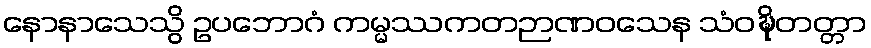
နောနာသေသွိ ဥပဘောဂံ ကမ္မဿကတဉာဏဝသေန သံဝဍ္ဎိတတ္တာ